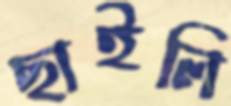
ছাইলি